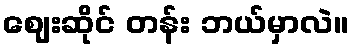
ဈေးဆိုင် တန်း ဘယ်မှာလဲ။